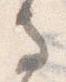
寺